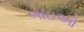
બાઇઓ